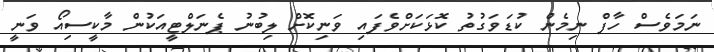
ނަމަވެސް ހާފް ނިމެން ކުޑަވަގުތު ކޮޅަކަށްވެފައި ވަނިކޮށް ލިބުނު ޕެނަލްޓީއަކުން މާކީސިއޯ ވަނީ